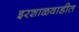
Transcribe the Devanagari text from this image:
इरशाळवाडीत